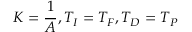
K = { \frac { 1 } { A } } , T _ { I } = T _ { F } , T _ { D } = T _ { P }